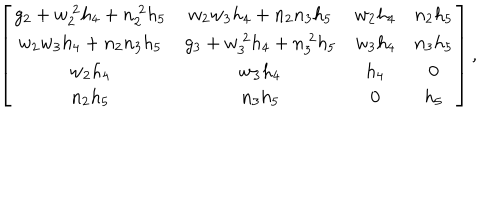
\left[ \begin{array} { c c c c } { { g _ { 2 } + w _ { 2 } ^ { \ 2 } h _ { 4 } + n _ { 2 } ^ { \ 2 } h _ { 5 } } } & { { w _ { 2 } w _ { 3 } h _ { 4 } + n _ { 2 } n _ { 3 } h _ { 5 } } } & { { w _ { 2 } h _ { 4 } } } & { { n _ { 2 } h _ { 5 } } } \\ { { w _ { 2 } w _ { 3 } h _ { 4 } + n _ { 2 } n _ { 3 } h _ { 5 } } } & { { g _ { 3 } + w _ { 3 } ^ { \ 2 } h _ { 4 } + n _ { 3 } ^ { \ 2 } h _ { 5 } } } & { { w _ { 3 } h _ { 4 } } } & { { n _ { 3 } h _ { 5 } } } \\ { { w _ { 2 } h _ { 4 } } } & { { w _ { 3 } h _ { 4 } } } & { { h _ { 4 } } } & { { 0 } } \\ { { n _ { 2 } h _ { 5 } } } & { { n _ { 3 } h _ { 5 } } } & { { 0 } } & { { h _ { 5 } } } \\ \end{array} \right] ,